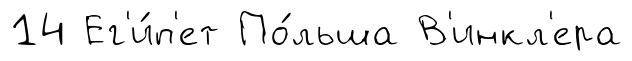
14 Ег'и́п'ет По́льша В'инкл'ера